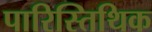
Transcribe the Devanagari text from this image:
पारिस्तिथिक